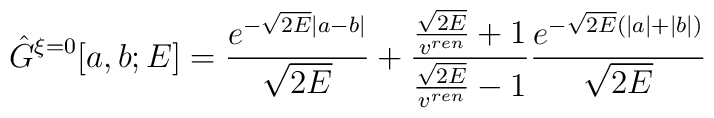
\hat{G}^{\xi = 0}[a, b; E] = \frac{e^{-\sqrt{2E} |a - b|}}{\sqrt{2E}}+ \frac{\frac{\sqrt{2E}}{v^{ren}} + 1}       {\frac{\sqrt{2E}}{v^{ren}} - 1}\frac{e^{-\sqrt{2E}(|a| + |b|)}}{\sqrt{2E}}